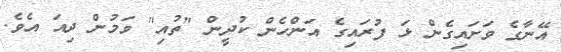
އޭނާގެ ވަށައިގެން ޅަ ފުރައިގެ އަންހެން ކުދީން "ތުއި" ވަމުން ދިއަ އެވެ.